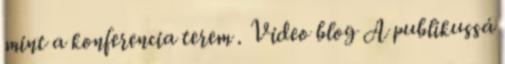
mint a konferencia terem . Video blog A publikussá